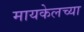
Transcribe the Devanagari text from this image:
मायकेलच्या